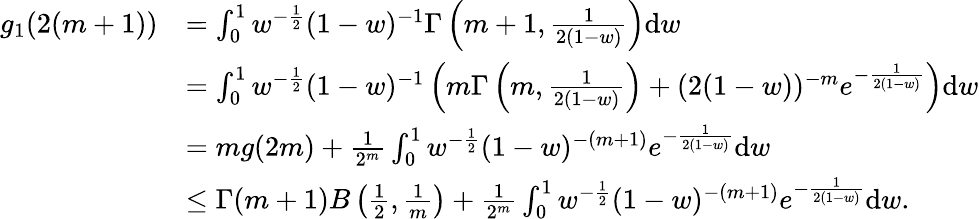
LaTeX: \begin{array}{rl}{g_{1}(2(m+1))}&{=\int_{0}^{1}w^{-\frac{1}{2}}(1-w)^{-1}\Gamma\left(m+1,\frac{1}{2(1-w)}\right)\mathrm{d}w}\\ &{=\int_{0}^{1}w^{-\frac{1}{2}}(1-w)^{-1}\left(m\Gamma\left(m,\frac{1}{2(1-w)}\right)+(2(1-w))^{-m}e^{-\frac{1}{2(1-w)}}\right)\mathrm{d}w}\\ &{=mg(2m)+\frac{1}{2^{m}}\int_{0}^{1}w^{-\frac{1}{2}}(1-w)^{-(m+1)}e^{-\frac{1}{2(1-w)}}\mathrm{d}w}\\ &{\leq\Gamma(m+1)B\left(\frac{1}{2},\frac{1}{m}\right)+\frac{1}{2^{m}}\int_{0}^{1}w^{-\frac{1}{2}}(1-w)^{-(m+1)}e^{-\frac{1}{2(1-w)}}\mathrm{d}w.}\end{array}